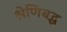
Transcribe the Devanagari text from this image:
श्रेणिबद्ध